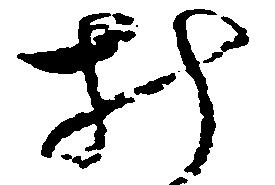
み